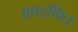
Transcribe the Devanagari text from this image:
अपरणित